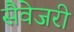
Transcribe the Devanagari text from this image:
सैवेजरी